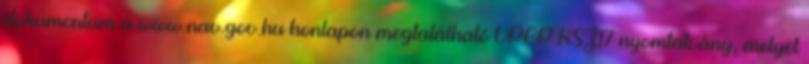
dokumentum a www.nav.gov.hu honlapon megtalálható VPOP KSZ17 nyomtatvány, melyet